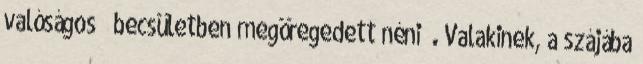
valóságos ” becsületben megöregedett néni” . Valakinek, a szájába